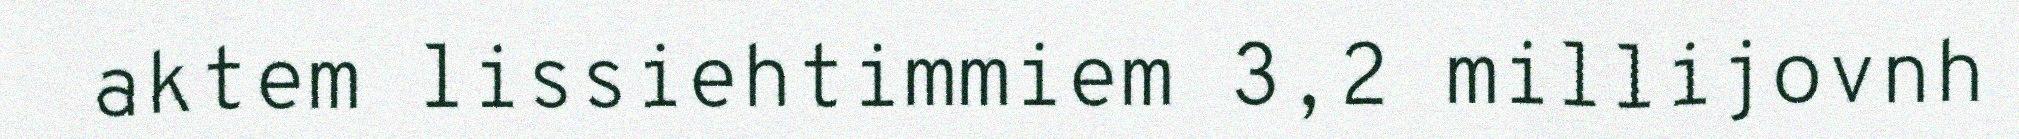
aktem lissiehtimmiem 3,2 millijovnh